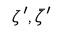
\zeta ^ { \prime } , { \bar { \zeta } } ^ { \prime }